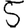
Digit: 5